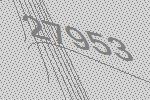
27953